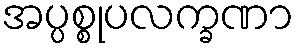
အပ္ပစ္စုပလက္ခဏာ